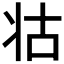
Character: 𭷃